Scottish Leaving Certificate Examination, 1954
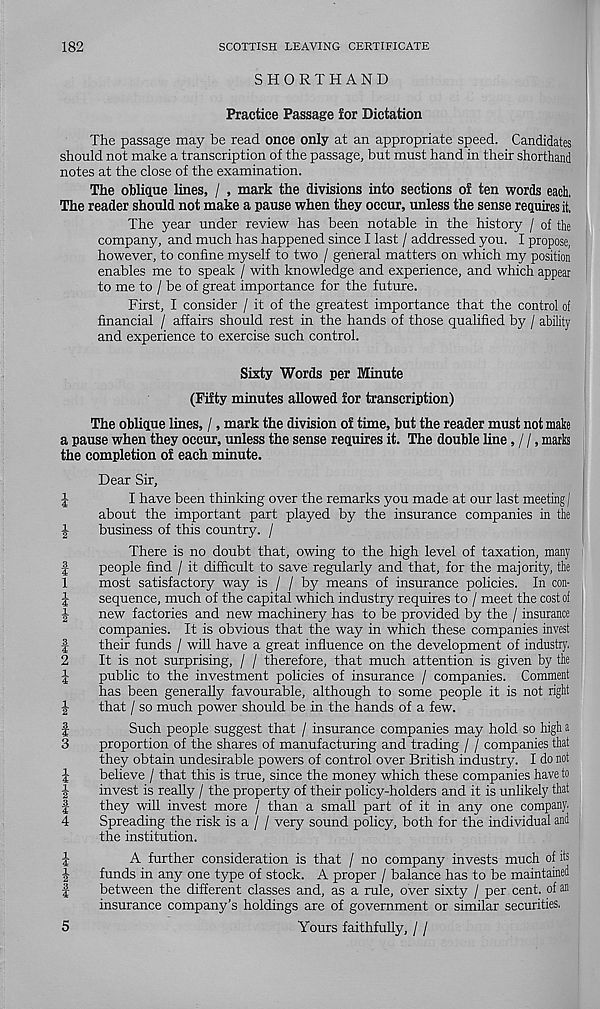
182
SCOTTISH LEAVING CERTIFICATE
SHORTHAND
Practice Passage for Dictation
The passage may be read once only at an appropriate speed. Candidates
should not make a transcription of the passage, but must hand in their shorthand
notes at the close of the examination.
The oblique lines, / , mark the divisions into sections of ten words each,
The reader should not make a pause when they occur, unless the sense requires it,
The year under review has been notable in the history / of the
company, and much has happened since I last / addressed you. I propose,
however, to confine myself to two / general matters on which my position
enables me to speak / with knowledge and experience, and which appear
to me to / be of great importance for the future.
First, I consider / it of the greatest importance that the control of
financial / affairs should rest in the hands of those qualified by / ability
and experience to exercise such control.
Sixty Words per Minute
(Fifty minutes allowed for transcription)
The oblique lines, /, mark the division of time, but the reader must not make
a pause when they occur, unless the sense requires it. The double line, / /, marks
the completion of each minute.
Dear Sir,
J
I have been thinking over the remarks you made at our last meeting j
about the important part played by the insurance companies in the
|
business of this country. /
There is no doubt that, owing to the high level of taxation, many
|
people find / it difficult to save regularly and that, for the majority, the
1
most satisfactory way is / / by means of insurance policies. In con-
J
sequence, much of the capital which industry requires to / meet the cost of
new factories and new machinery has to be provided by the / insurance
companies. It is obvious that the way in which these companies invest
f
their funds / will have a great influence on the development of industry.
2
It is not surprising, / / therefore, that much attention is given by the
|
public to the investment policies of insurance / companies. Comment
has been generally favourable, although to some people it is not right
J
that / so much power should be in the hands of a few.
f
Such people suggest that / insurance companies may hold so high a
3
proportion of the shares of manufacturing and trading / / companies that
they obtain undesirable powers of control over British industry. I do not
J
believe / that this is true, since the money which these companies have to
•|
invest is really / the property of their policy-holders and it is unlikely that
|
they will invest more / than a small part of it in any one company.
4
Spreading the risk is a / / very sound policy, both for the individual and
the institution.
J
A further consideration is that / no company invests much of its
J
funds in any one type of stock. A proper / balance has to be maintained
|
between the different classes and, as a rule, over sixty / per cent, of an
insurance company's holdings are of government or similar securities,
Yours faithfully, / /
5